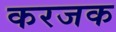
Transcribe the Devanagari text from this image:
करजक